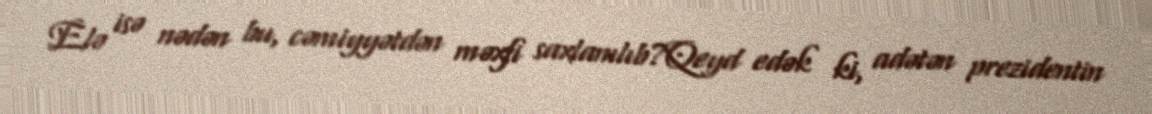
Elə isə nədən bu, cəmiyyətdən məxfi saxlanılıb?Qeyd edək ki, adətən prezidentin